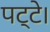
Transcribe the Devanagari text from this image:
पट्टे।